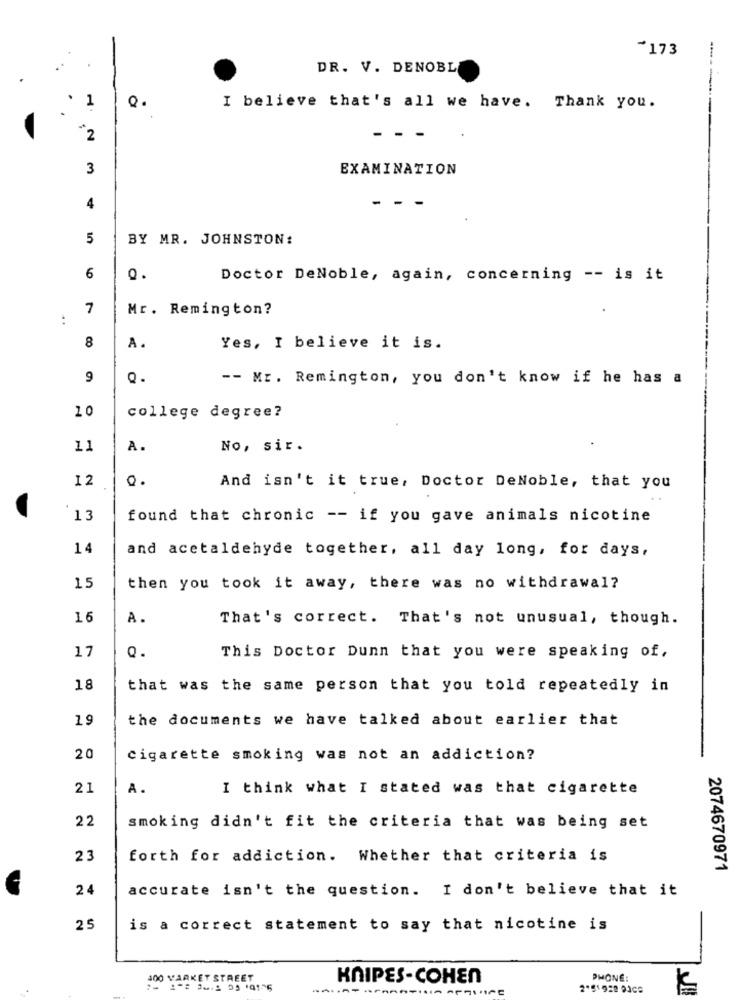
- 173
DR. V. DENOBL
1
.
I believe that's all we have. Thank you.
"2
- - -
3
EXAMINATION
-
4
5
BY MR. JOHNSTON:
6
Q.
Doctor DeNoble, again, concerning -- is it
7
Mr. Remington?
8
A.
Yes, I believe it is.
9
Q.
-- Mr. Remington, you don't know if he has a
20
college degree?
11
A.
No, sir.
12
And isn't it true, Doctor DeNoble, that you
13
found that chronic -- if you gave animals nicotine
14
and acetaldehyde together, all day long, for days,
15
then you took it away, there was no withdrawal?
16
A.
That's correct. That's not unusual, though.
17
Q.
This Doctor Dunn that you were speaking of,
18
that was the same person that you told repeatedly in
19
the documents we have talked about earlier that
20
cigarette smoking was not an addiction?
21
A.
I think what I stated was that cigarette
22
smoking didn't fit the criteria that was being set
23
forth for addiction. Whether that criteria is
2074670971
24
accurate isn't the question. I don't believe that it
25
is a correct statement to say that nicotine is
400 VARKET STREET
KNIPES-COHEN
PHONE: